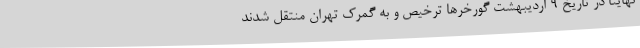
نهایتا در تاریخ ۹ اردیبهشت گورخرها ترخیص و به گمرک تهران منتقل شدند